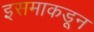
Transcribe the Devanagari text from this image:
इसमाकडून